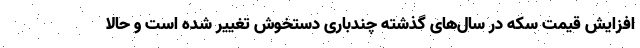
افزایش قیمت سکه در سال‌های گذشته چندباری دستخوش تغییر شده است و حالا